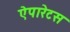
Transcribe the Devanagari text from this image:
ऐपारेटस